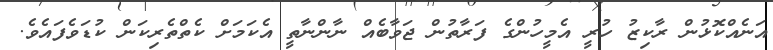
އަނެއްކޮޅުން ރާކިޒު ހުރީ އެމީހުންގެ ފަރާތުން ޖަވާބެއް ނާންނާތީ އެކަމަށް ކެތްތެރިކަން ކުޑަވެފައެވެ.